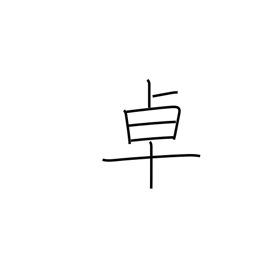
Meaning: table